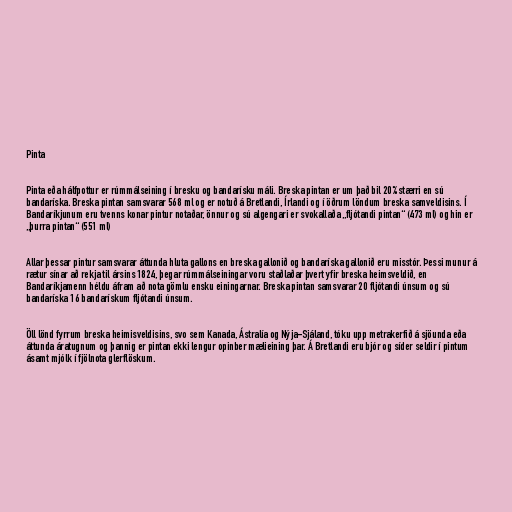
Pinta

Pinta eða hálfpottur er rúmmálseining í bresku og bandarísku máli. Breska pintan er um það bil 20% stærri en sú
bandaríska. Breska pintan samsvarar 568 ml og er notuð á Bretlandi, Írlandi og í öðrum löndum breska samveldisins. Í
Bandaríkjunum eru tvenns konar pintur notaðar, önnur og sú algengari er svokallaða „fljótandi pintan“ (473 ml) og hin er
„þurra pintan“ (551 ml)

Allar þessar pintur samsvarar áttunda hluta gallons en breska gallonið og bandaríska gallonið eru misstór. Þessi munur á
rætur sínar að rekja til ársins 1824, þegar rúmmálseiningar voru staðlaðar þvert yfir breska heimsveldið, en
Bandaríkjamenn héldu áfram að nota gömlu ensku einingarnar. Breska pintan samsvarar 20 fljótandi únsum og sú
bandaríska 16 bandarískum fljótandi únsum.

Öll lönd fyrrum breska heimisveldisins, svo sem Kanada, Ástralía og Nýja-Sjáland, tóku upp metrakerfið á sjöunda eða
áttunda áratugnum og þannig er pintan ekki lengur opinber mælieining þar. Á Bretlandi eru bjór og síder seldir í pintum
ásamt mjólk í fjölnota glerflöskum.